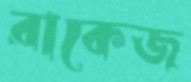
রাকেজ